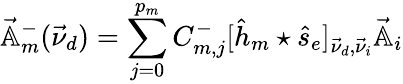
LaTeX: \vec{\mathbb{A}}_{m}^{-}(\vec{\nu}_{d})=\sum_{j=0}^{p_{m}}C_{m,j}^{-}[\hat{h}_{m}\star\hat{s}_{e}]_{\vec{\nu}_{d},\vec{\nu}_{i}}\vec{\mathbb{A}}_{i}